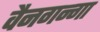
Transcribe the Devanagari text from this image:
वैनगन्गा